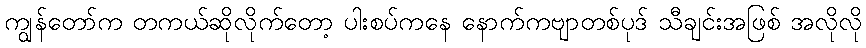
ကျွန်တော်က တကယ်ဆိုလိုက်တော့ ပါးစပ်ကနေ နောက်ကဗျာတစ်ပုဒ် သီချင်းအဖြစ် အလိုလို